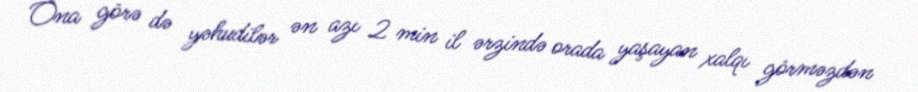
Ona görə də yəhudilər ən azı 2 min il ərzində orada yaşayan xalqı görməzdən